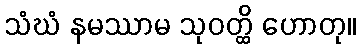
သံဃံ နမဿာမ သုဝတ္ထိ ဟောတု။